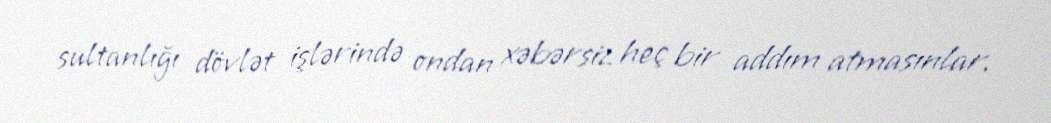
sultanlığı dövlət işlərində ondan xəbərsiz heç bir addım atmasınlar.